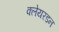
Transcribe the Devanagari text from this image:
क्लेयरडन